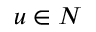
u \in N